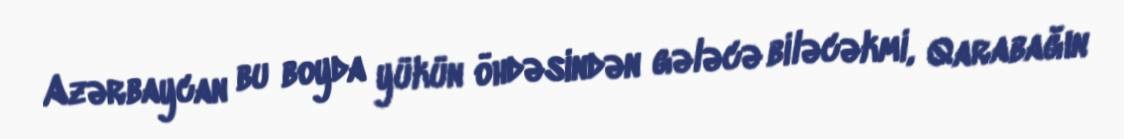
Azərbaycan bu boyda yükün öhdəsindən gələcə biləcəkmi, Qarabağın